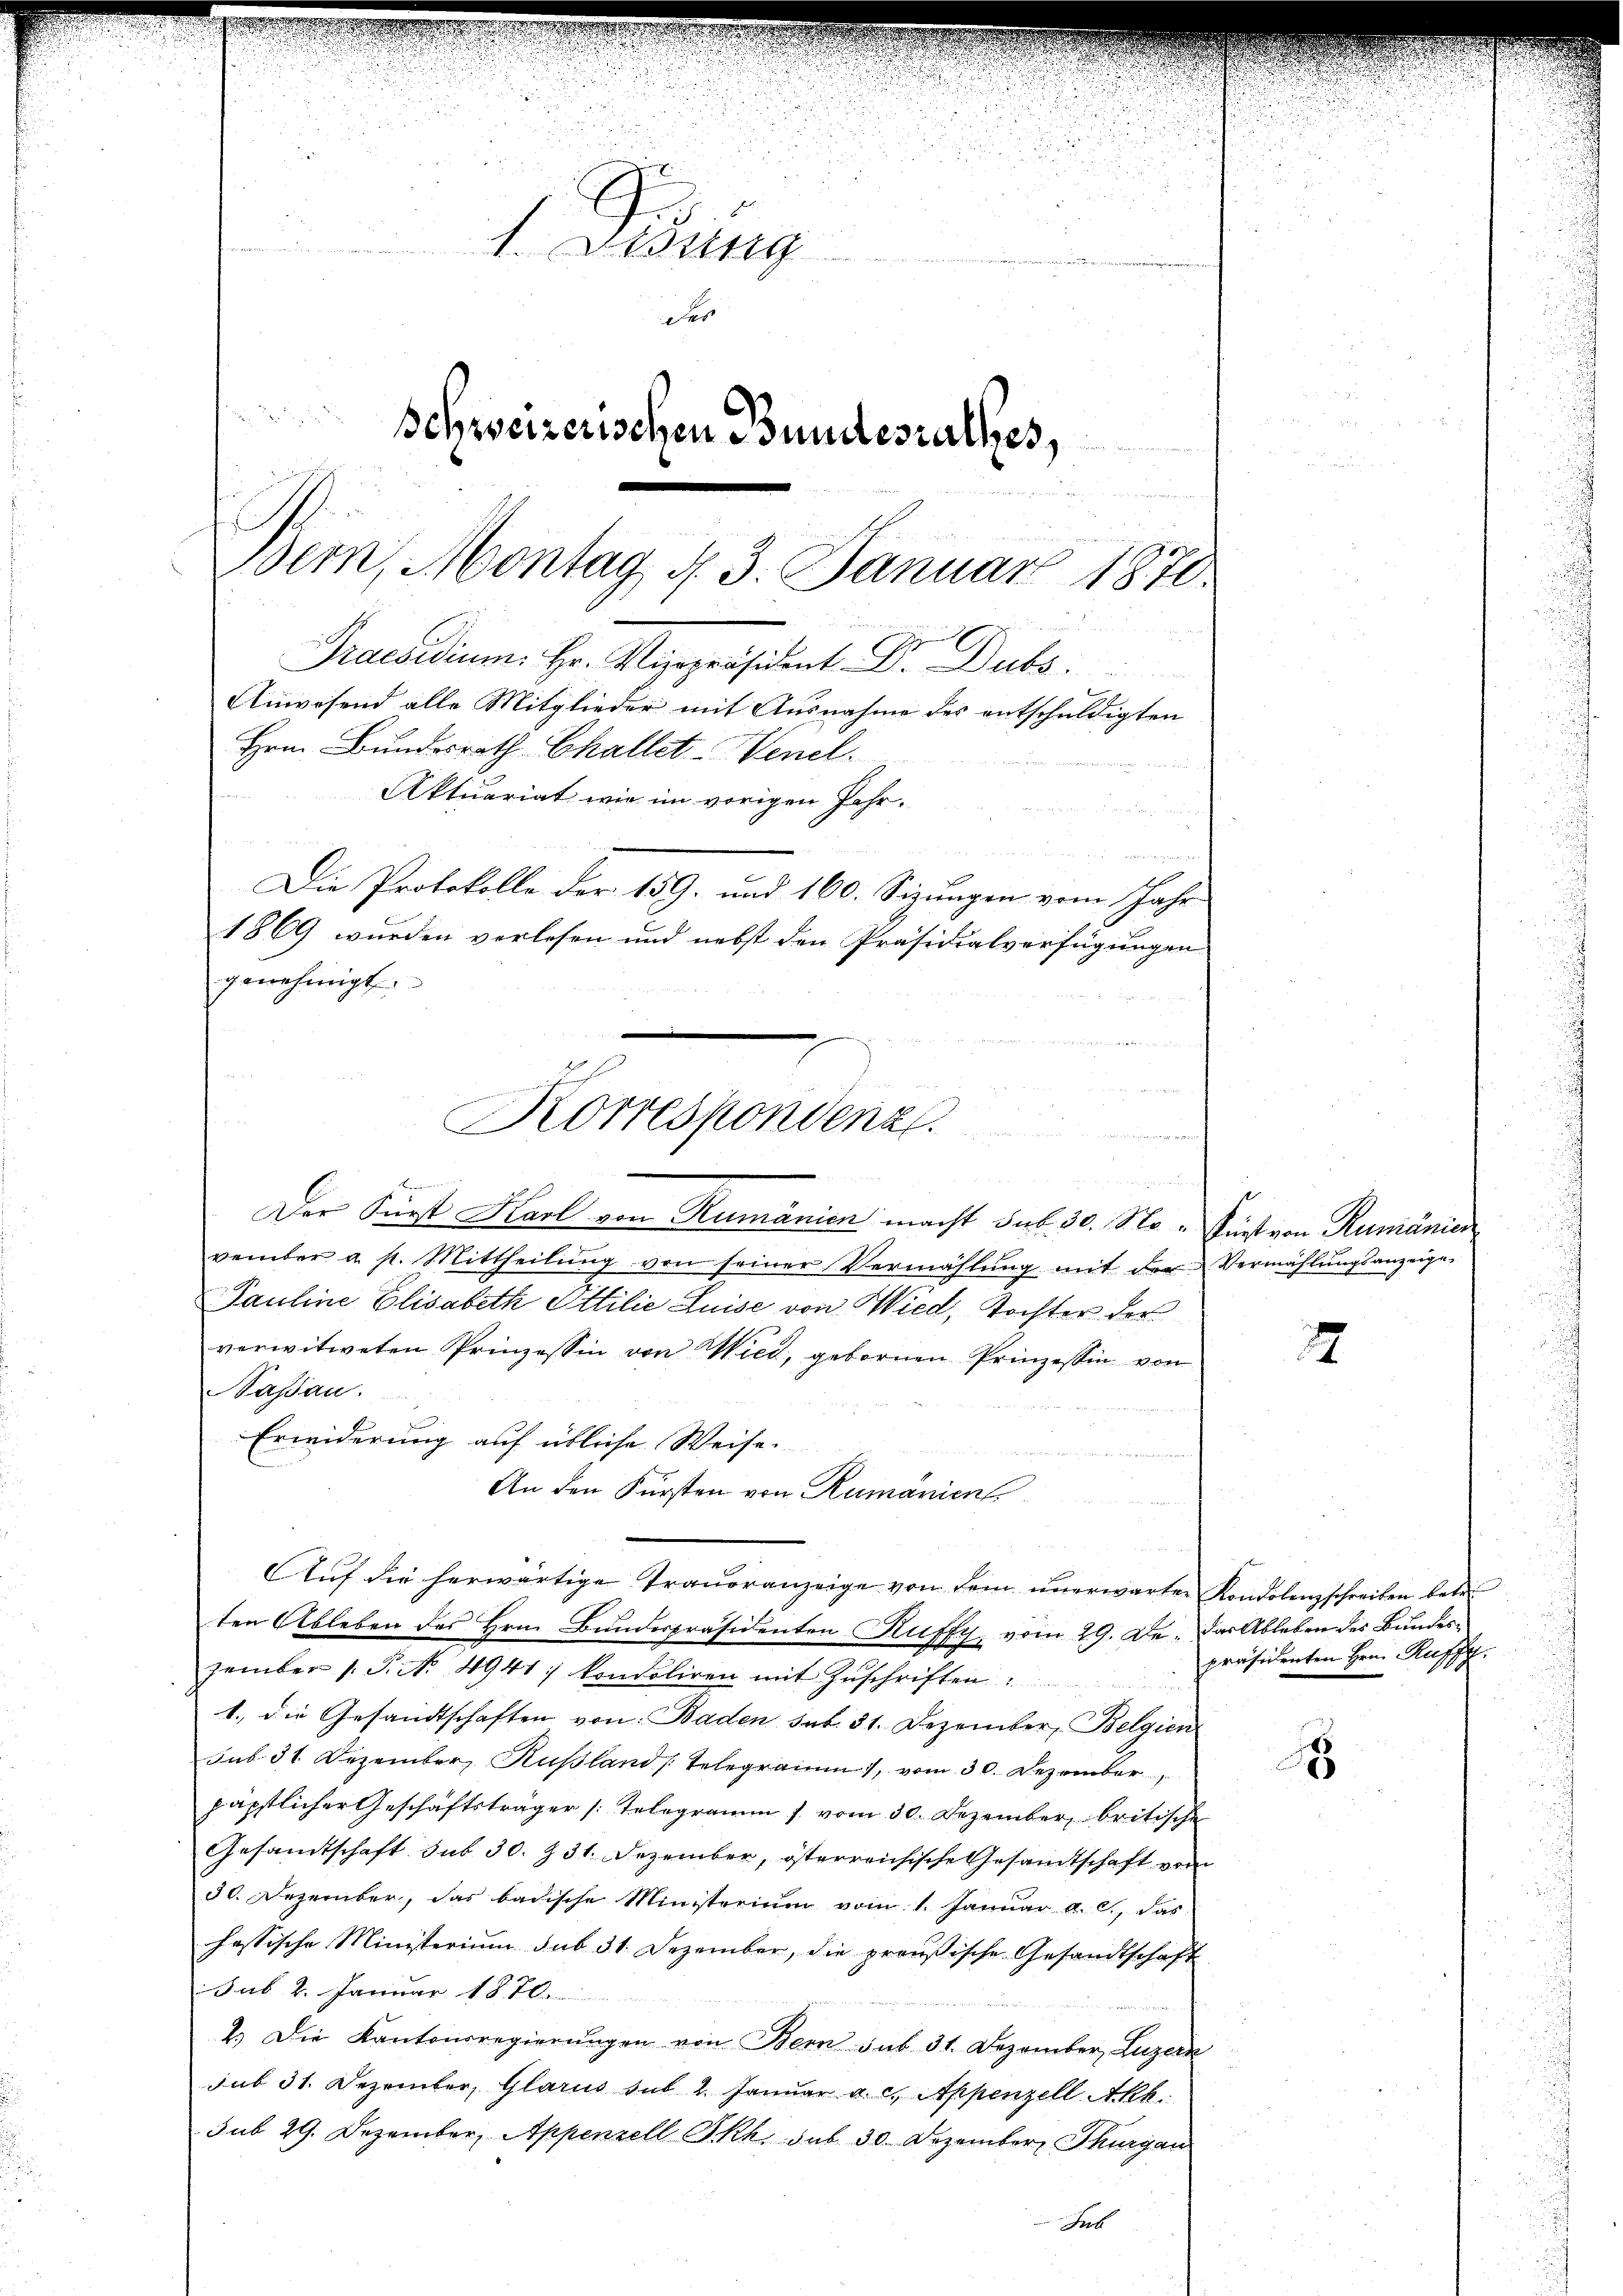
1. Lesung
d

Schweizerischen Bundesrathes,
Bern, Montag, d. 3. Januar 1870.
Praesidium. Hr. Vizepräsident Dr. Dubs
Anwesend alle Mitglieder mit Ausnahme des entschuldigten
Hrn. Bundesrath Challet-Venel.

Aktuariat wie im vorigen Jahr¬
und
ementen
Die Protokolle der 159. und 160. Sizungen vom Jahr
1869 wurden verlesen und nebst den Präsidialverfügungen
genehmigt.

Korrespondenz.
n
22 des Bester dieser gemachen
E
Der Fürst Karl von Rumänien macht sub 30. No. Fürst von Rumänien

Erwiderung auf übliche Weise.

An den Fürsten von Rumänien
ten Ableben des Hrn. Bundespräsidenten Ruffy, vom 29. De. das Ableben des Bundes¬

Aŭf die herwärtige Traueranzeige von dem unerwarter Kondolenzschreiben betr.

vember a. p. Mittheilŭng von seiner Vermählŭng mit der Vermählŭngsanzeige-
Pauline Elisabeth Ottilie Luise von Wied, Tochter der
verwitweten Prinzessin von Wied, gebornen Prinzessin von
Nassau.

wigen
zember 1. P. Nr. 4941 kondoliren mit Zŭschriften:
1., die Gesandtschaften von Baden sub. 31. Dezember, Belgien
sub. 31. Dezember, Russland Telegramm, vom 30. Dezember
päpstlicher Geschäftsträger Telegramm vom 30. Dezember britische
Gesamtschaft sub 30. § 31. Dezember, österreichische Gesandtschaft vom
30. Dezember, das badische Ministerium vom 1. Januar a. c. das
hassische Ministerium sub 31. Dezember, die preußische Gesandtschaft
sub. 2. Januar 1870.
2.) Die Kantonsregierŭngen von Bern sub 31. Dezember, Luzern
sub 31. Dezember, Glarus sub 2. Januar a. c., Appenzell Akk.
sub 29. Dezember, Appenzell SRh. sub 30 Dezember, Thurgau

2

präsidenten Hrn. Ruffz.

2